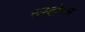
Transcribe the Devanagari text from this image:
सम्‍बोधन